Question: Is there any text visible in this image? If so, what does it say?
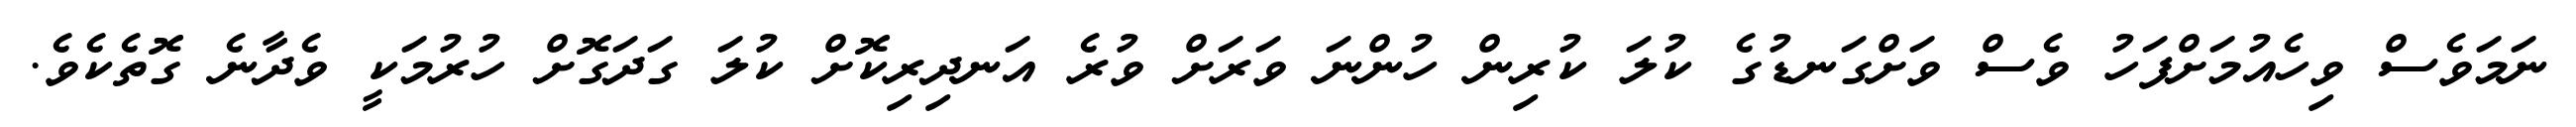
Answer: ނަމަވެސް ވިހެއުމަށްފަހު ވެސް ވަށްގަނޑުގެ ކުލަ ކުރިން ހުންނަ ވަރަށް ވުރެ އަނދިރިކޮށް ކުލަ ގަދަގޮށް ހުރުމަކީ ވެދާނެ ގޮތެކެވެ.